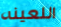
اللعينه